Vaccination in Burma 1920-1933 - 1920-1933
Year: 1920
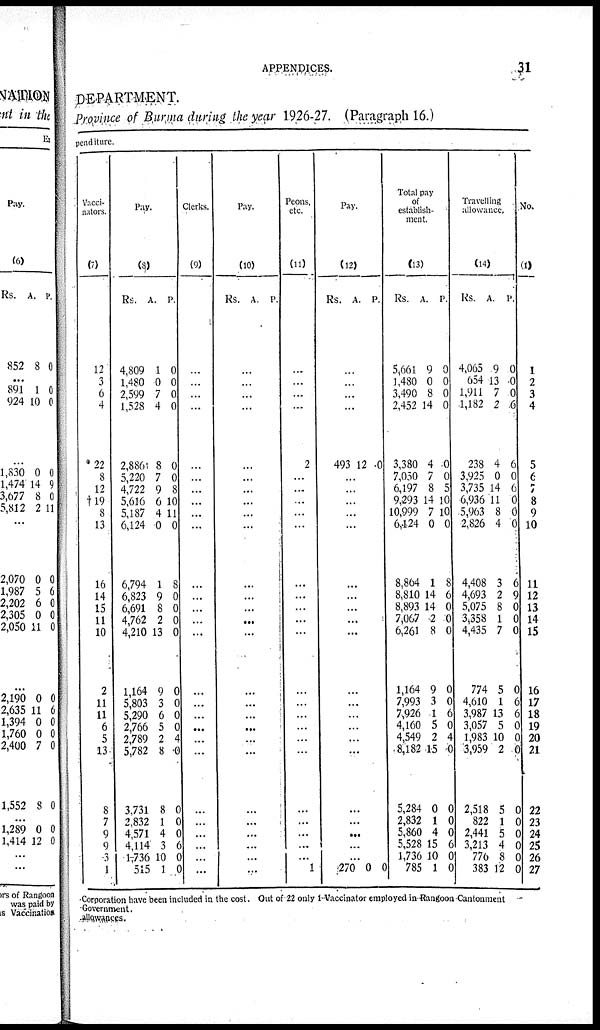
APPENDICES.
31
DEPARTMENT.
Province of Burma during the year 1926-27. (Paragraph 16.)
penditure.
vacci-
nators.
(7)
12
3
6
4
*22
8
12
†10
3
13
16
14
15
11
10
2
11
11
6
5
13
8
7
9
9
3
1
Pay.
(3)
Rs.
4,809
1,480
2,599
1,528
2,886
5,220
4,722
5,616
5,187
6,124
6,794
6,823
6,691
4,762
4,210
1,164
5,803
5,290
2,766
2,789
5,782
3,731
2,832
4,571
4,114
1,736
515
A
1
0
7
4
8
7
9
6
4
0
1
9
8
2
13
9
3
6
5
2
8
8
1
4
3
10
1
P
0
0
0
0
0
0
8
10
11
0
8
0
0
0
0
0
0
0
0
4
0
0
0
0
6
0
0
Clerks
(9)
1
...
...
...
...
...
...
...
...
...
...
...
...
...
...
...
...
...
...
...
...
...
...
...
...
...
...
Pay.
(10)
Rs A P.
...
...
...
...
...
...
...
...
...
...
...
...
...
...
...
...
...
...
...
...
...
...
...
...
...
...
...
Peons.
etc.
(11)
...
...
...
...
2
...
...
...
...
...
...
...
...
...
...
...
...
...
...
...
...
...
...
...
...
...
1
Pay
(12)
Rs. A. P
...
...
...
...
493 12 0
...
...
...
...
...
...
...
...
...
...
...
...
...
...
...
...
...
...
...
...
...
270 0 0
Total pay
of
establish-
ment.
(13)
Rs.
5,661
1,480
3,490
2,452
3,380
7,050
6,197
9,293
10,999
6,124
8,864
8,810
8,893
7,067
6,261
1,164
7,993
7,926
4,160
4,549
8,182
5,284
2,832
5,860
5,528
1,736
785
A.
9
0
8
14
4
7
8
14
7
0
1
14
14
2
8
9
3
1
5
2
15
0
1
4
15
10
1
P
0
0
0
0
0
0
5
10
10
0
8
6
0
0
0
0
0
6
0
4
0
0
0
0
6
0
0
Traveling
allowance.
(14)
Rs
4,065
654
1,911
1,182
238
3,925
3,735
6,936
5,963
2,826
4,408
4,693
5,075
3,353
4,435
774
4,610
3,987
3,057
1,983
3,959
2,518
822
2,441
3,213
776
383
A
9
13
7
2
4
0
14
11
8
4
3
2
8
1
7
5
1
13
5
10
2
5
1
5
4
8
12
P.
0
0
0
6
6
0
6
0
0
0
6
9
0
0
0
0
6
6
0
0
0
0
0
0
0
0
0
No.
(1)
1
2
3
4
5
6
7
8
9
10
11
12
13
14
15
16
17
18
19
20
21
22
23
24
25
26
27
Corporation have been included in the cost. Out of 22 only 1 Vaccinator employed in Rangoon Cantonment
Government
allowances.